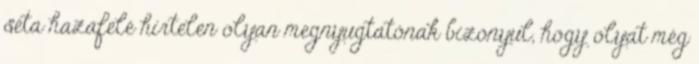
séta hazafelé hirtelen olyan megnyugtatónak bizonyul, hogy olyat még